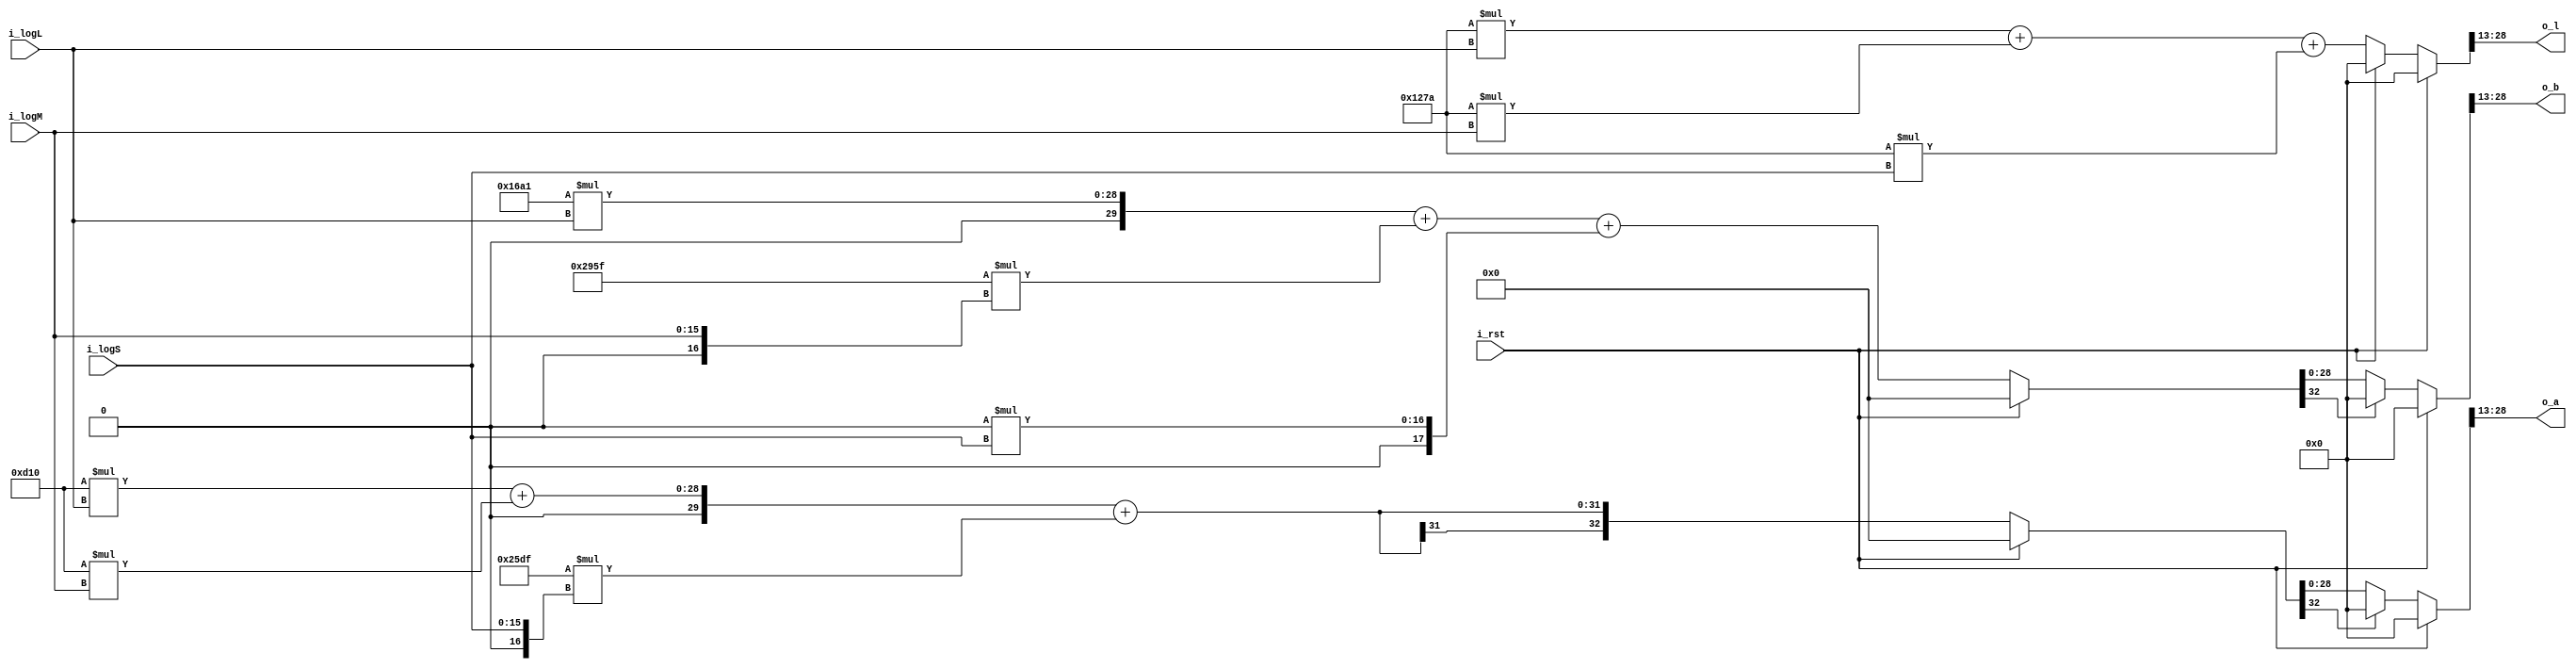
module LMS2lab(
	i_rst,
	i_logL,
	i_logM,
	i_logS,
	o_l,
	o_a,
	o_b
);

//====== I/O port ===========================

	input i_rst;
	
	input [15:0] i_logL; // 3+13 B
	input [15:0] i_logM;
	input [15:0] i_logS;
	
	output [15:0] o_l; // 3+13 B
	output [15:0] o_a;
	output [15:0] o_b;

//====== submodule ==========================

	
	
//====== reg/wire ===========================
	wire [15:0] matrix11, matrix12, matrix13;
	wire [15:0] matrix21, matrix22, matrix23;
	wire [15:0] matrix31, matrix32, matrix33;
	
	wire [16:0] logL, logM, logS;

	//output reg
	reg signed [32:0] reg_l; // 7+26 B
	reg signed [32:0] reg_a;
	reg signed [32:0] reg_b;

	reg signed [32:0] temp_l;
	reg signed [32:0] temp_a;
	reg signed [32:0] temp_b;

//====== assign =============================
	//matrix2 3+13 B

	assign matrix11 = 16'b0001001001111010;
	assign matrix12 = 16'b0001001001111010;
	assign matrix13 = 16'b0001001001111010;
	assign matrix21 = 16'b0000110100010000;
	assign matrix22 = 16'b0000110100010000;
	assign matrix23 = 16'b1110010111011111;
	assign matrix31 = 16'b0001011010100001;
	assign matrix32 = 16'b1110100101011111;
	assign matrix33 = 16'b0000000000000000;
	
	assign logL = {1'b0, i_logL};
	assign logM = {1'b0, i_logM};
	assign logS = {1'b0, i_logS};

	assign o_l = reg_l[28:13]; // 3+13B
	assign o_a = reg_a[28:13];
	assign o_b = reg_b[28:13];
	
//====== combinational circuit ==============
always@(*) begin
	if(i_rst) begin
		temp_l = 0;
		temp_a = 0;
		temp_b = 0;
	end else begin
		temp_l = $signed(matrix11)*$signed(logL) + $signed(matrix12)*$signed(logM) + $signed(matrix13)*$signed(logS);
		temp_a = $signed(matrix21)*$signed(logL) + $signed(matrix22)*$signed(logM) + $signed(matrix23)*$signed(logS);
		temp_b = $signed(matrix31)*$signed(logL) + $signed(matrix32)*$signed(logM) + $signed(matrix33)*$signed(logS);
	end
end

always @(*) begin //debug
	if(i_rst) begin
		reg_l = 0;
	end else if(temp_l[32] == 1) begin
		reg_l = 0;
	end else begin
		reg_l = temp_l;
	end
end

always @(*) begin //debug
	if(i_rst) begin
		reg_a = 0;
	end else if(temp_a[32] == 1) begin
		reg_a = 0;
	end else begin
		reg_a = temp_a;
	end
end

always @(*) begin //debug
	if(i_rst) begin
		reg_b = 0;
	end else if(temp_b[32] == 1) begin
		reg_b = 0;
	end else begin
		reg_b = temp_b;
	end
end


//====== sequential circuit =================


endmodule